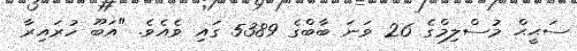
ސަޙީޙް މުސްލިމްގެ 26 ވަނަ ބާބްގެ 5389 ގައި ވެއެވެ. "އަބޫ ހުރައިރާ